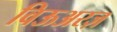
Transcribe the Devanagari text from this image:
विऊअरज़